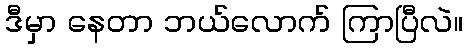
ဒီမှာ နေတာ ဘယ်လောက် ကြာပြီလဲ။